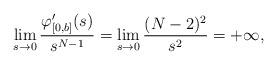
LaTeX: \begin{align*}\lim_{s\to0} \frac{\varphi_{[0,b]}'(s)}{s^{N-1}} = \lim_{s\to0} \frac{(N-2)^2}{s^2} =+\infty,\end{align*}